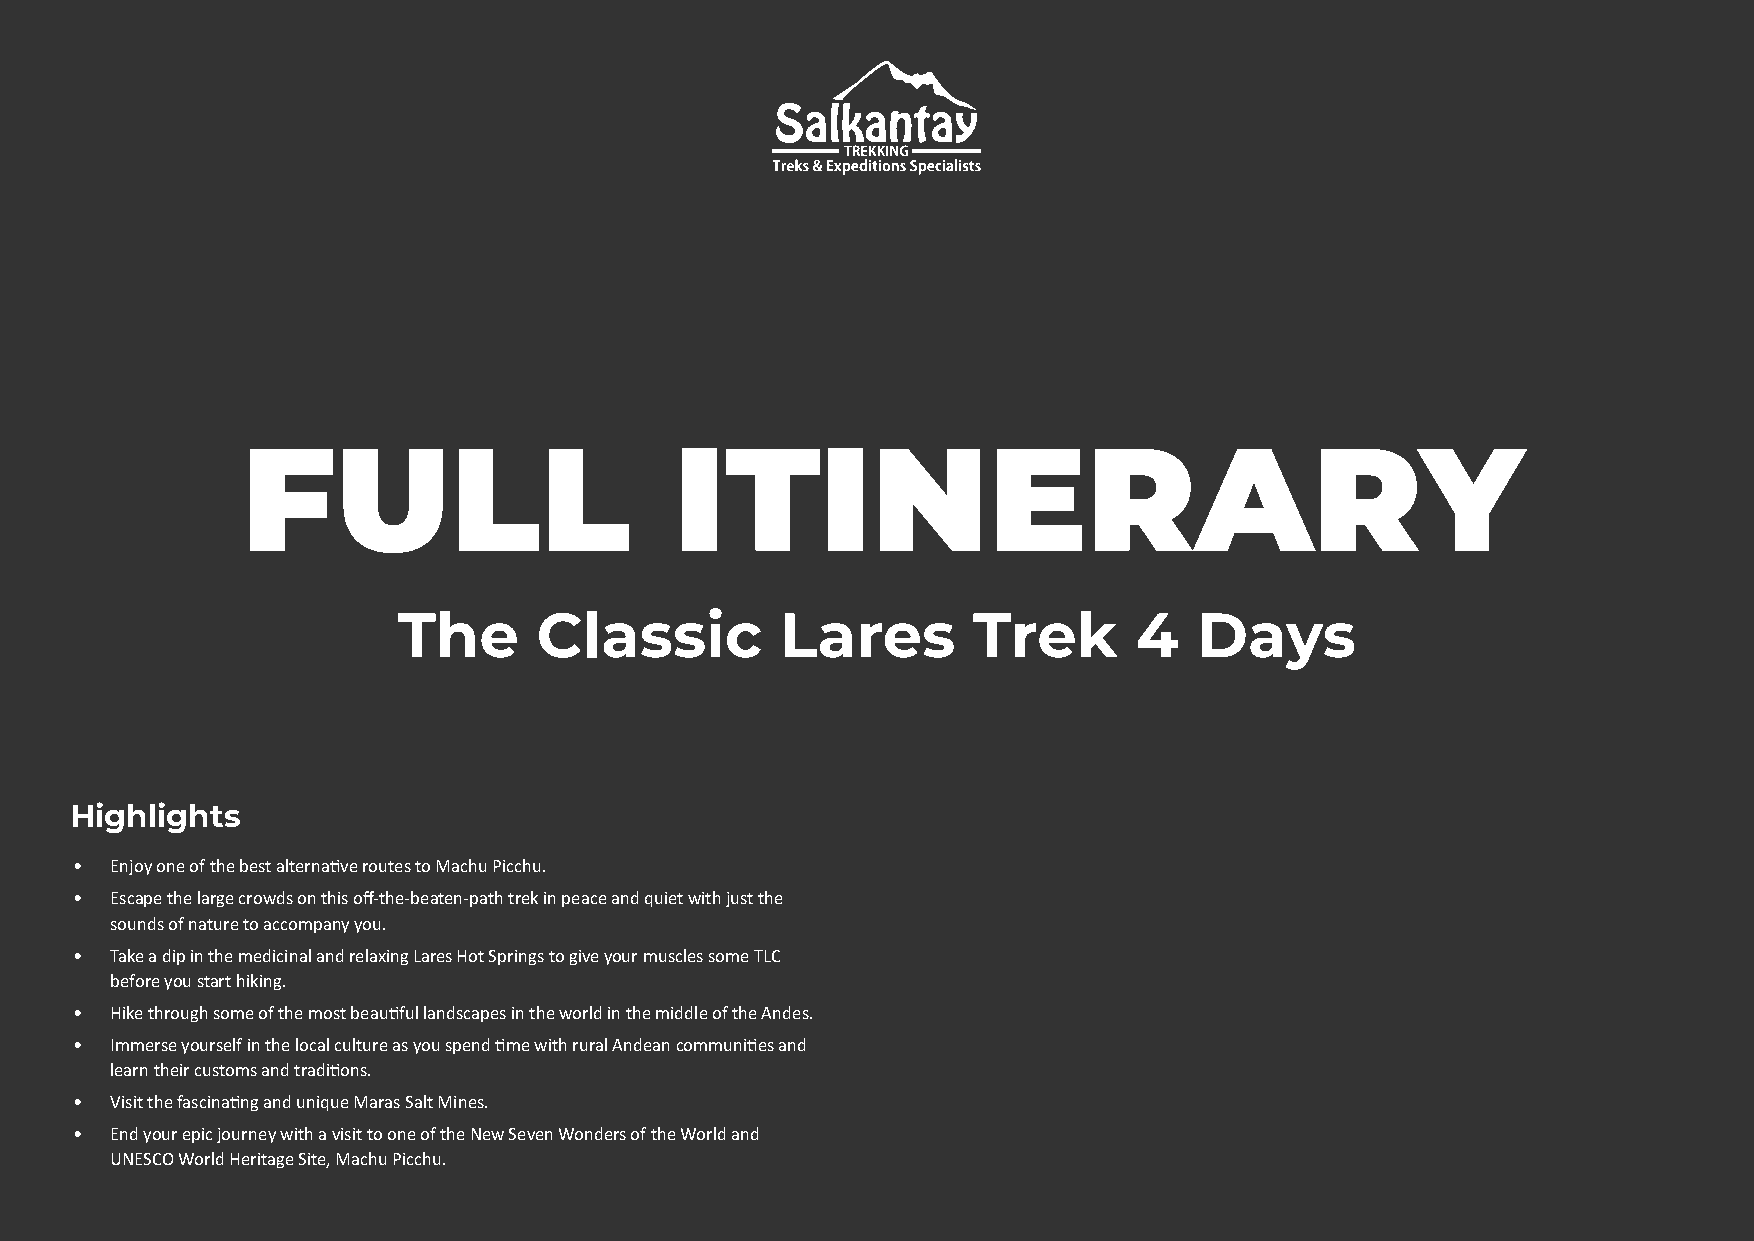
FULL                         ITINERARY
 The       Classic         Lares       Trek       4   Days
 Highlights
 • Enjoy one of the best alternave routes to Machu Picchu.
 • Escape the large crowds on this off-the-beaten-path trek in peace and quiet with just the
 sounds of nature to accompany you.
 • Take a dip in the medicinal and relaxing Lares Hot Springs to give your muscles some TLC
 before you start hiking.
 • Hike through some of the most beauful landscapes in the world in the middle of the Andes.
 • Immerse yourself in the local culture as you spend me with rural Andean communies and
 learn their customs and tradions.
 • Visit the fascinang and unique Maras Salt Mines.
 • End your epic journey with a visit to one of the New Seven Wonders of the World and
 UNESCO World Heritage Site, Machu Picchu.